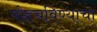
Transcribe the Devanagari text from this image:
पोहचविण्याचा